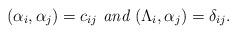
LaTeX: \begin{gather*}(\alpha_i,\alpha_j)=c_{ij} \textit{ and }(\Lambda_i,\alpha_j)=\delta_{ij}.\end{gather*}